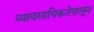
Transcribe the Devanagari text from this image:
व्यावसायिकतेपासून